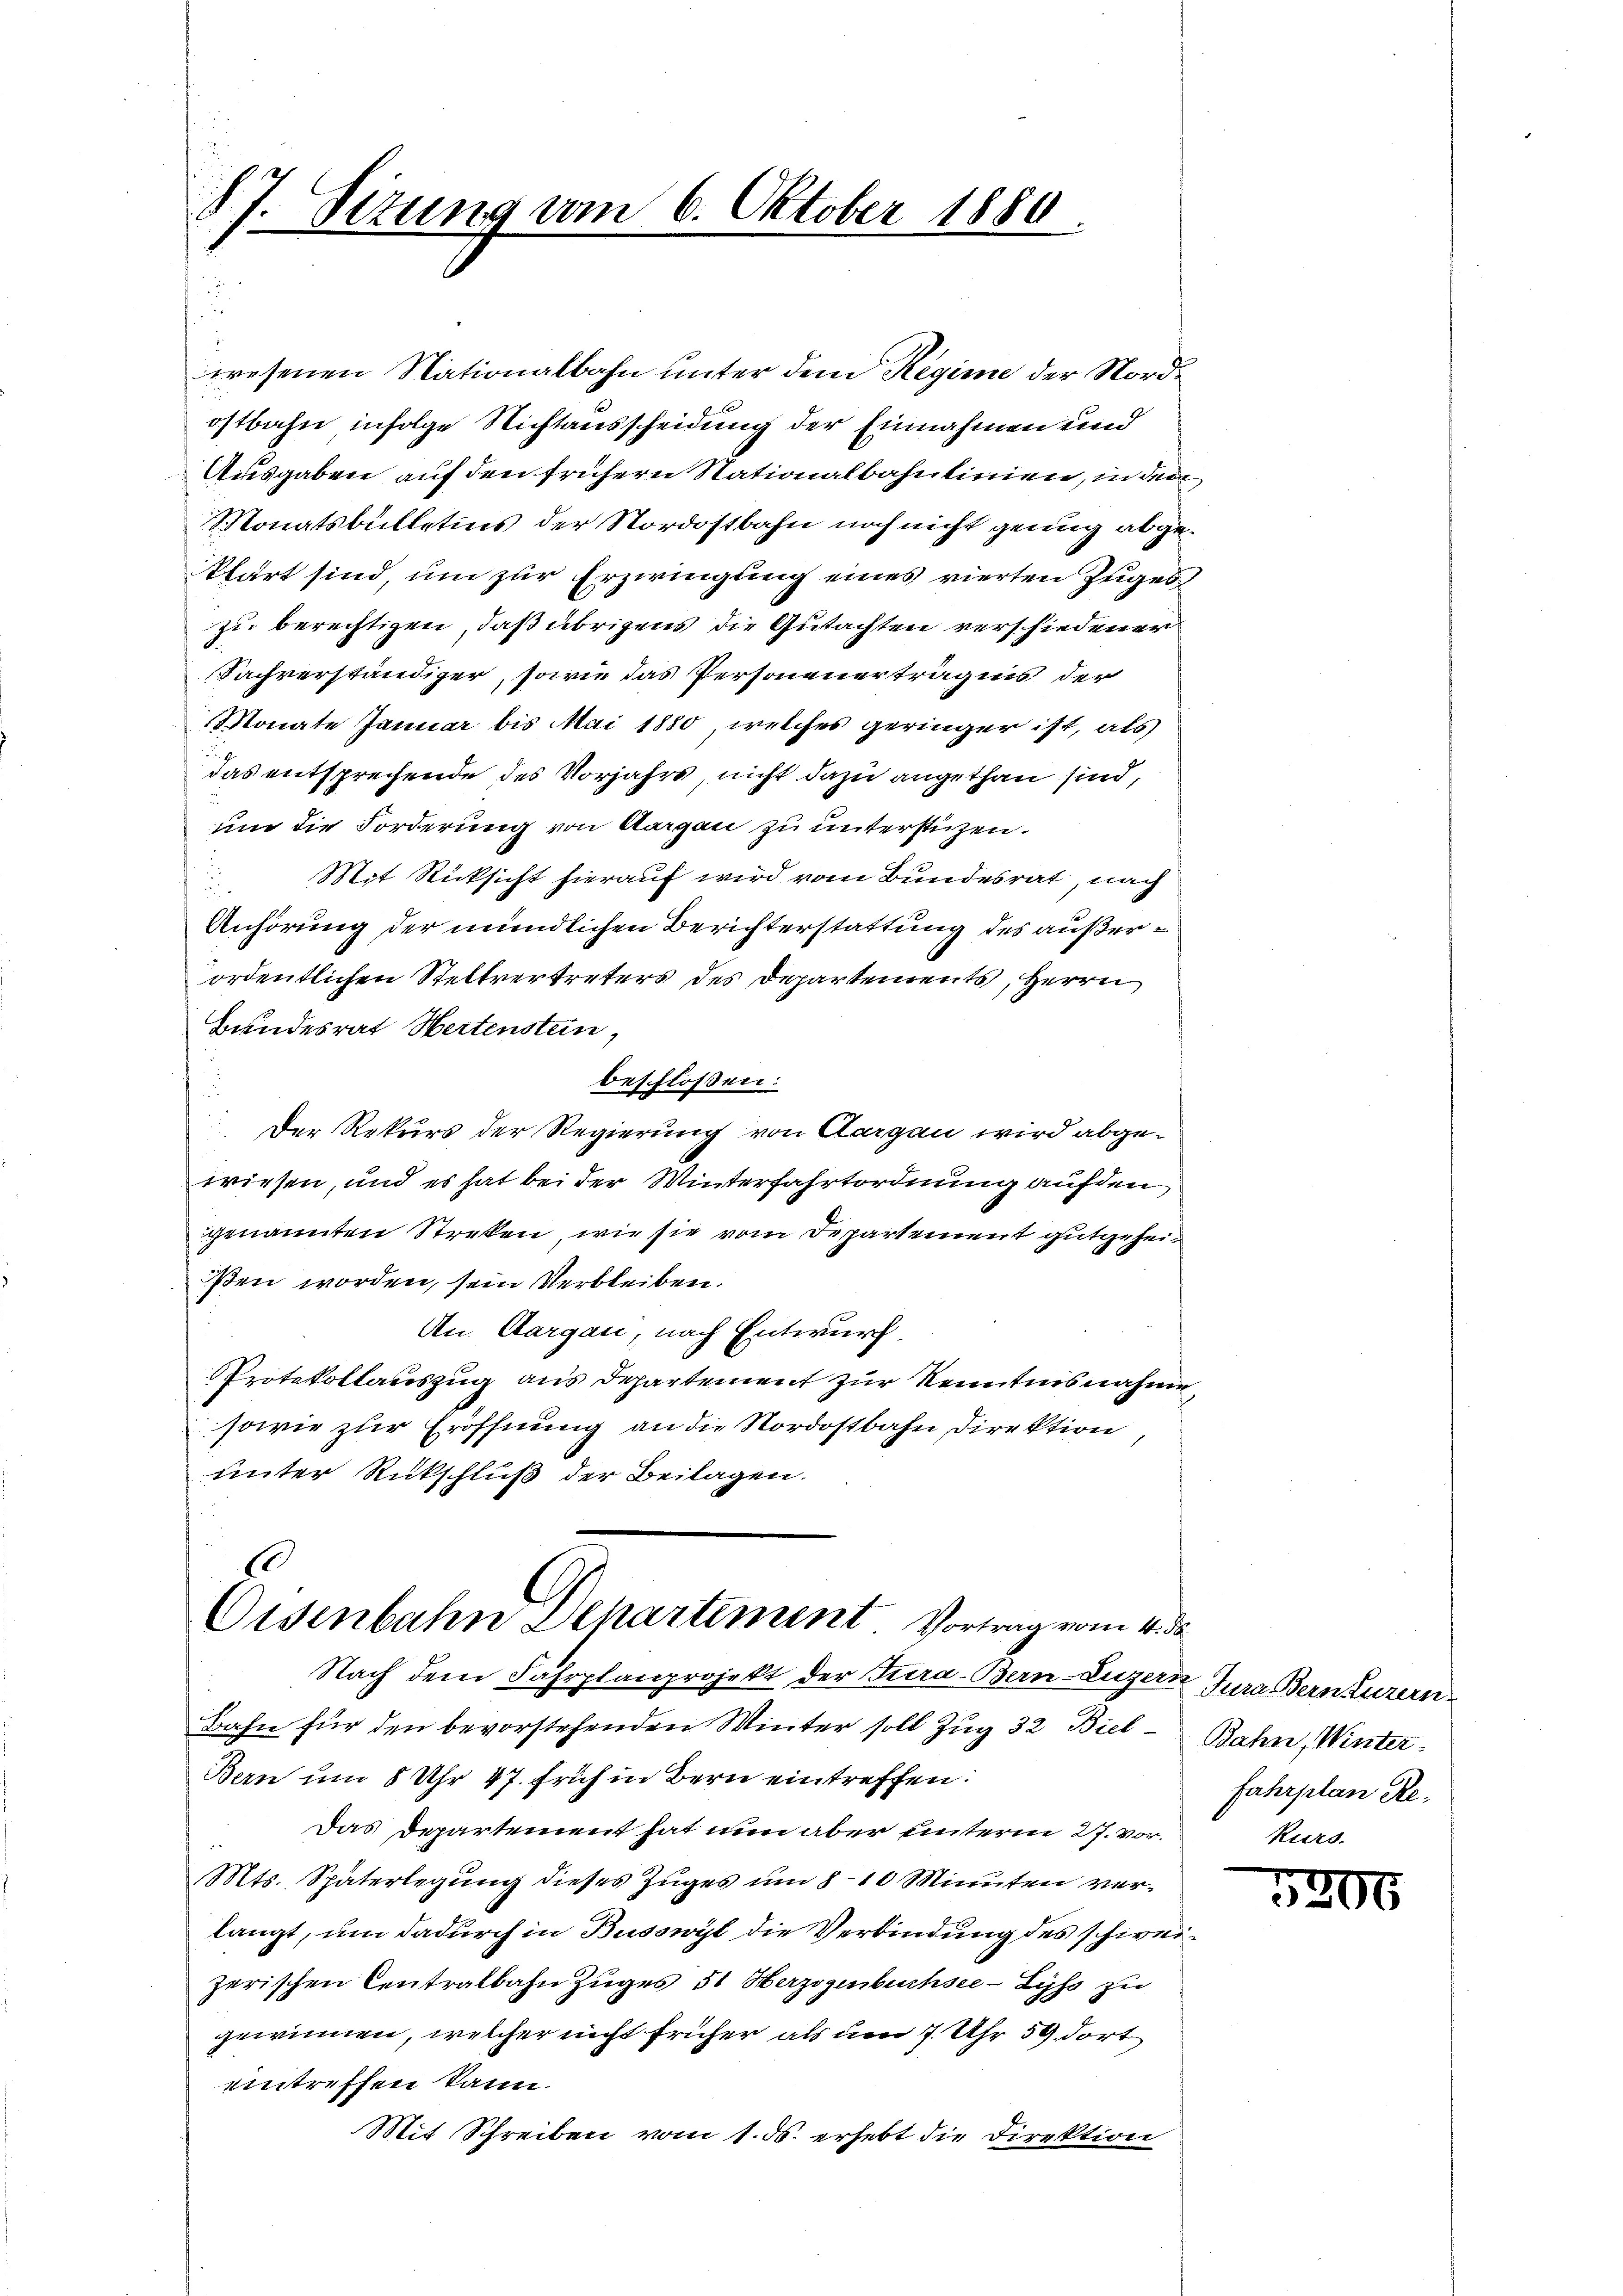
87. Sizung am 6. Oktober 1880

.
G
Oisenbahn Departement Vortrag vom 4. ds.

wesenen Nationalbahn unter dem Regime der Nordostbahn infolge Nichtausscheidung der Einnahmen und
Ausgaben auf den frühern Stationalbahnlinien, in den
Monatsbülletins der Nordostbahn noch nicht genug abgeklärt sind, um zur Erzwingung eines vierten Zuges
zu berechtigen, daß übrigens die Gutachten verschiedener
Fachverständiger, sowie das Personenertragens der
Monate Januar bis Mai 1880, welches geringer ist, als
das entsprechende des Vorjahre, nicht dazu angethan sind,
um die Forderung von Aargau zu unterstüzen.
Mit Rücksicht hierauf wird vom Bundesrat, nach
Anhörung der mündlichen Berichterstattung des außerordentlichen Stellvertreters des Departements, Herrn
Bundesrat Hertenstein,
beschloßen:
Der Rekurs der Regierung von Aargau wird abgewiesen, und es hat bei der Winterfahrtordnung auf den
genannten Streken, wie sie vom Departement gutgeheißen worden, sein Verbleiben.
An. Aargau, nach Entwurf
Protokollauszug aus Departement zur Kenntnisnahme
sowie zur Eröffnung an die Nordostbahn Direktion
unter Rückschluß der Beilagen.

Nach dem Fahrplanprojekt der Tura-Bern-Luzern Jura Bern Luzern
Bahn für den bevorstehenden Winter soll Zug 32 Biel¬
Bern um 8 Uhr 47. Früh in Bern eintreffen:
Das Departement hat nun aber unterm 27. vor.
Mts. Späterlegung dieses Zuges um 8 – 10 Minuten verlangt, um dadurch in Busswyl die Verbindung des schweizerischen Centralbahn Zuges 31 Herzogenbuchsee- Lyss zu
gewinnen, welcher nicht früher als um 7 Uhr 59 dort
eintreffen kann.
Mit Schreiben vom 1. ds. erhebt die Direktion

Bahn, Winter
fahrplan Rekurs.

5206